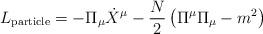
LaTeX: \begin{align*}L_{\rm particle} = -\Pi_\mu \dot{X}^\mu - \frac{N}{2}\left( \Pi^\mu \Pi_\mu - m^2 \right)\end{align*}